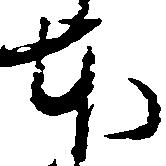
本